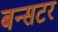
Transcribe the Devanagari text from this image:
बन्सटर